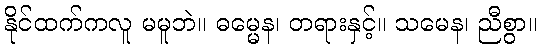
နိုင်ထက်ကလူ မမူဘဲ။ ဓမ္မေန၊ တရားနှင့်။ သမေန၊ ညီစွာ။